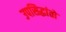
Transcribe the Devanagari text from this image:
उपसिद्धांतों